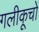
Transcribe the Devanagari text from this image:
गलीकूचों